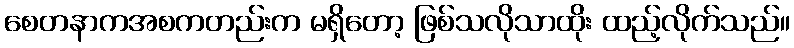
စေတနာကအစကတည်းက မရှိတော့ ဖြစ်သလိုသာထိုး ထည့်လိုက်သည်။